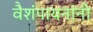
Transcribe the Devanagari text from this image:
वैशंपायनांनी